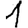
Digit: 1